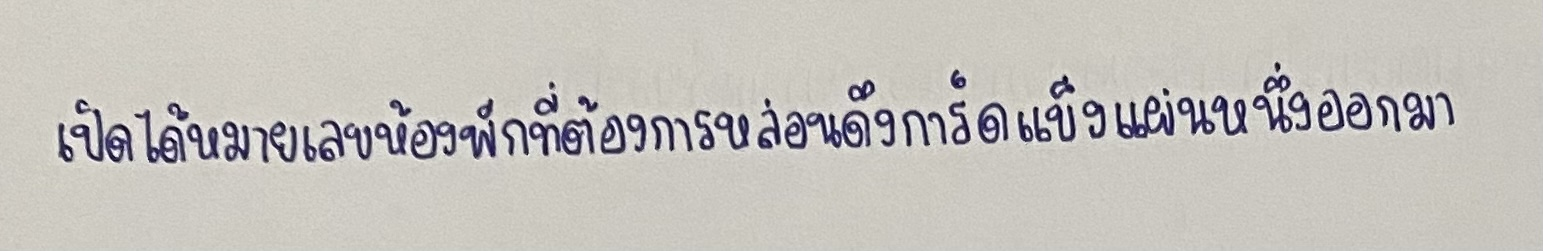
เปิดได้หมายเลขห้องพักที่ต้องการหล่อนดึงการ์ดแข็งแผ่นหนึ่งออกมา